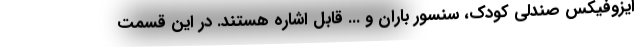
ایزوفیکس صندلی کودک، سنسور باران و ... قابل اشاره هستند. در این قسمت